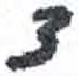
אות: צ